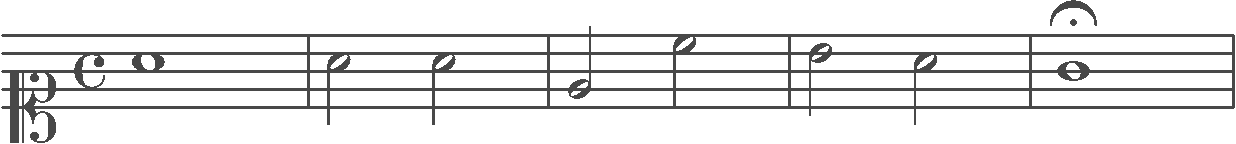
Transcription: clef-C1 timeSignature-C note-A4_whole barline note-A4_half note-A4_half barline note-E4_half note-C5_half barline note-B4_half note-A4_half barline note-G4_whole_fermata barline